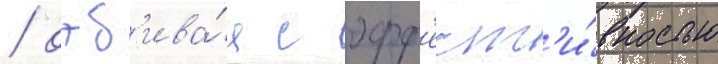
/ отб'ива́я с эфф'ект'и́вностью